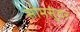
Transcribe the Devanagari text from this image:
सोमसुंदर